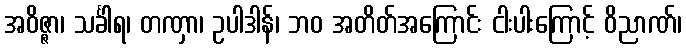
အဝိဇ္ဇာ၊ သင်္ခါရ၊ တဏှာ၊ ဥပါဒါန်၊ ဘဝ အတိတ်အကြောင်း ငါးပါးကြောင့် ဝိညာဏ်၊